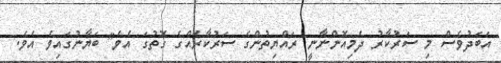
އަބަދުވެސް މި ސަރުކާރު ދެމިއޮންނާނީ ރައްޔިތުންގެ ސަރުކާރެއްގެ ގޮތުގަ އެވެ" ބަޔާނުގައިވެ އެވެ.